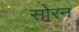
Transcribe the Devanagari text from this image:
सोरन